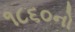
૧૮૬૦નો